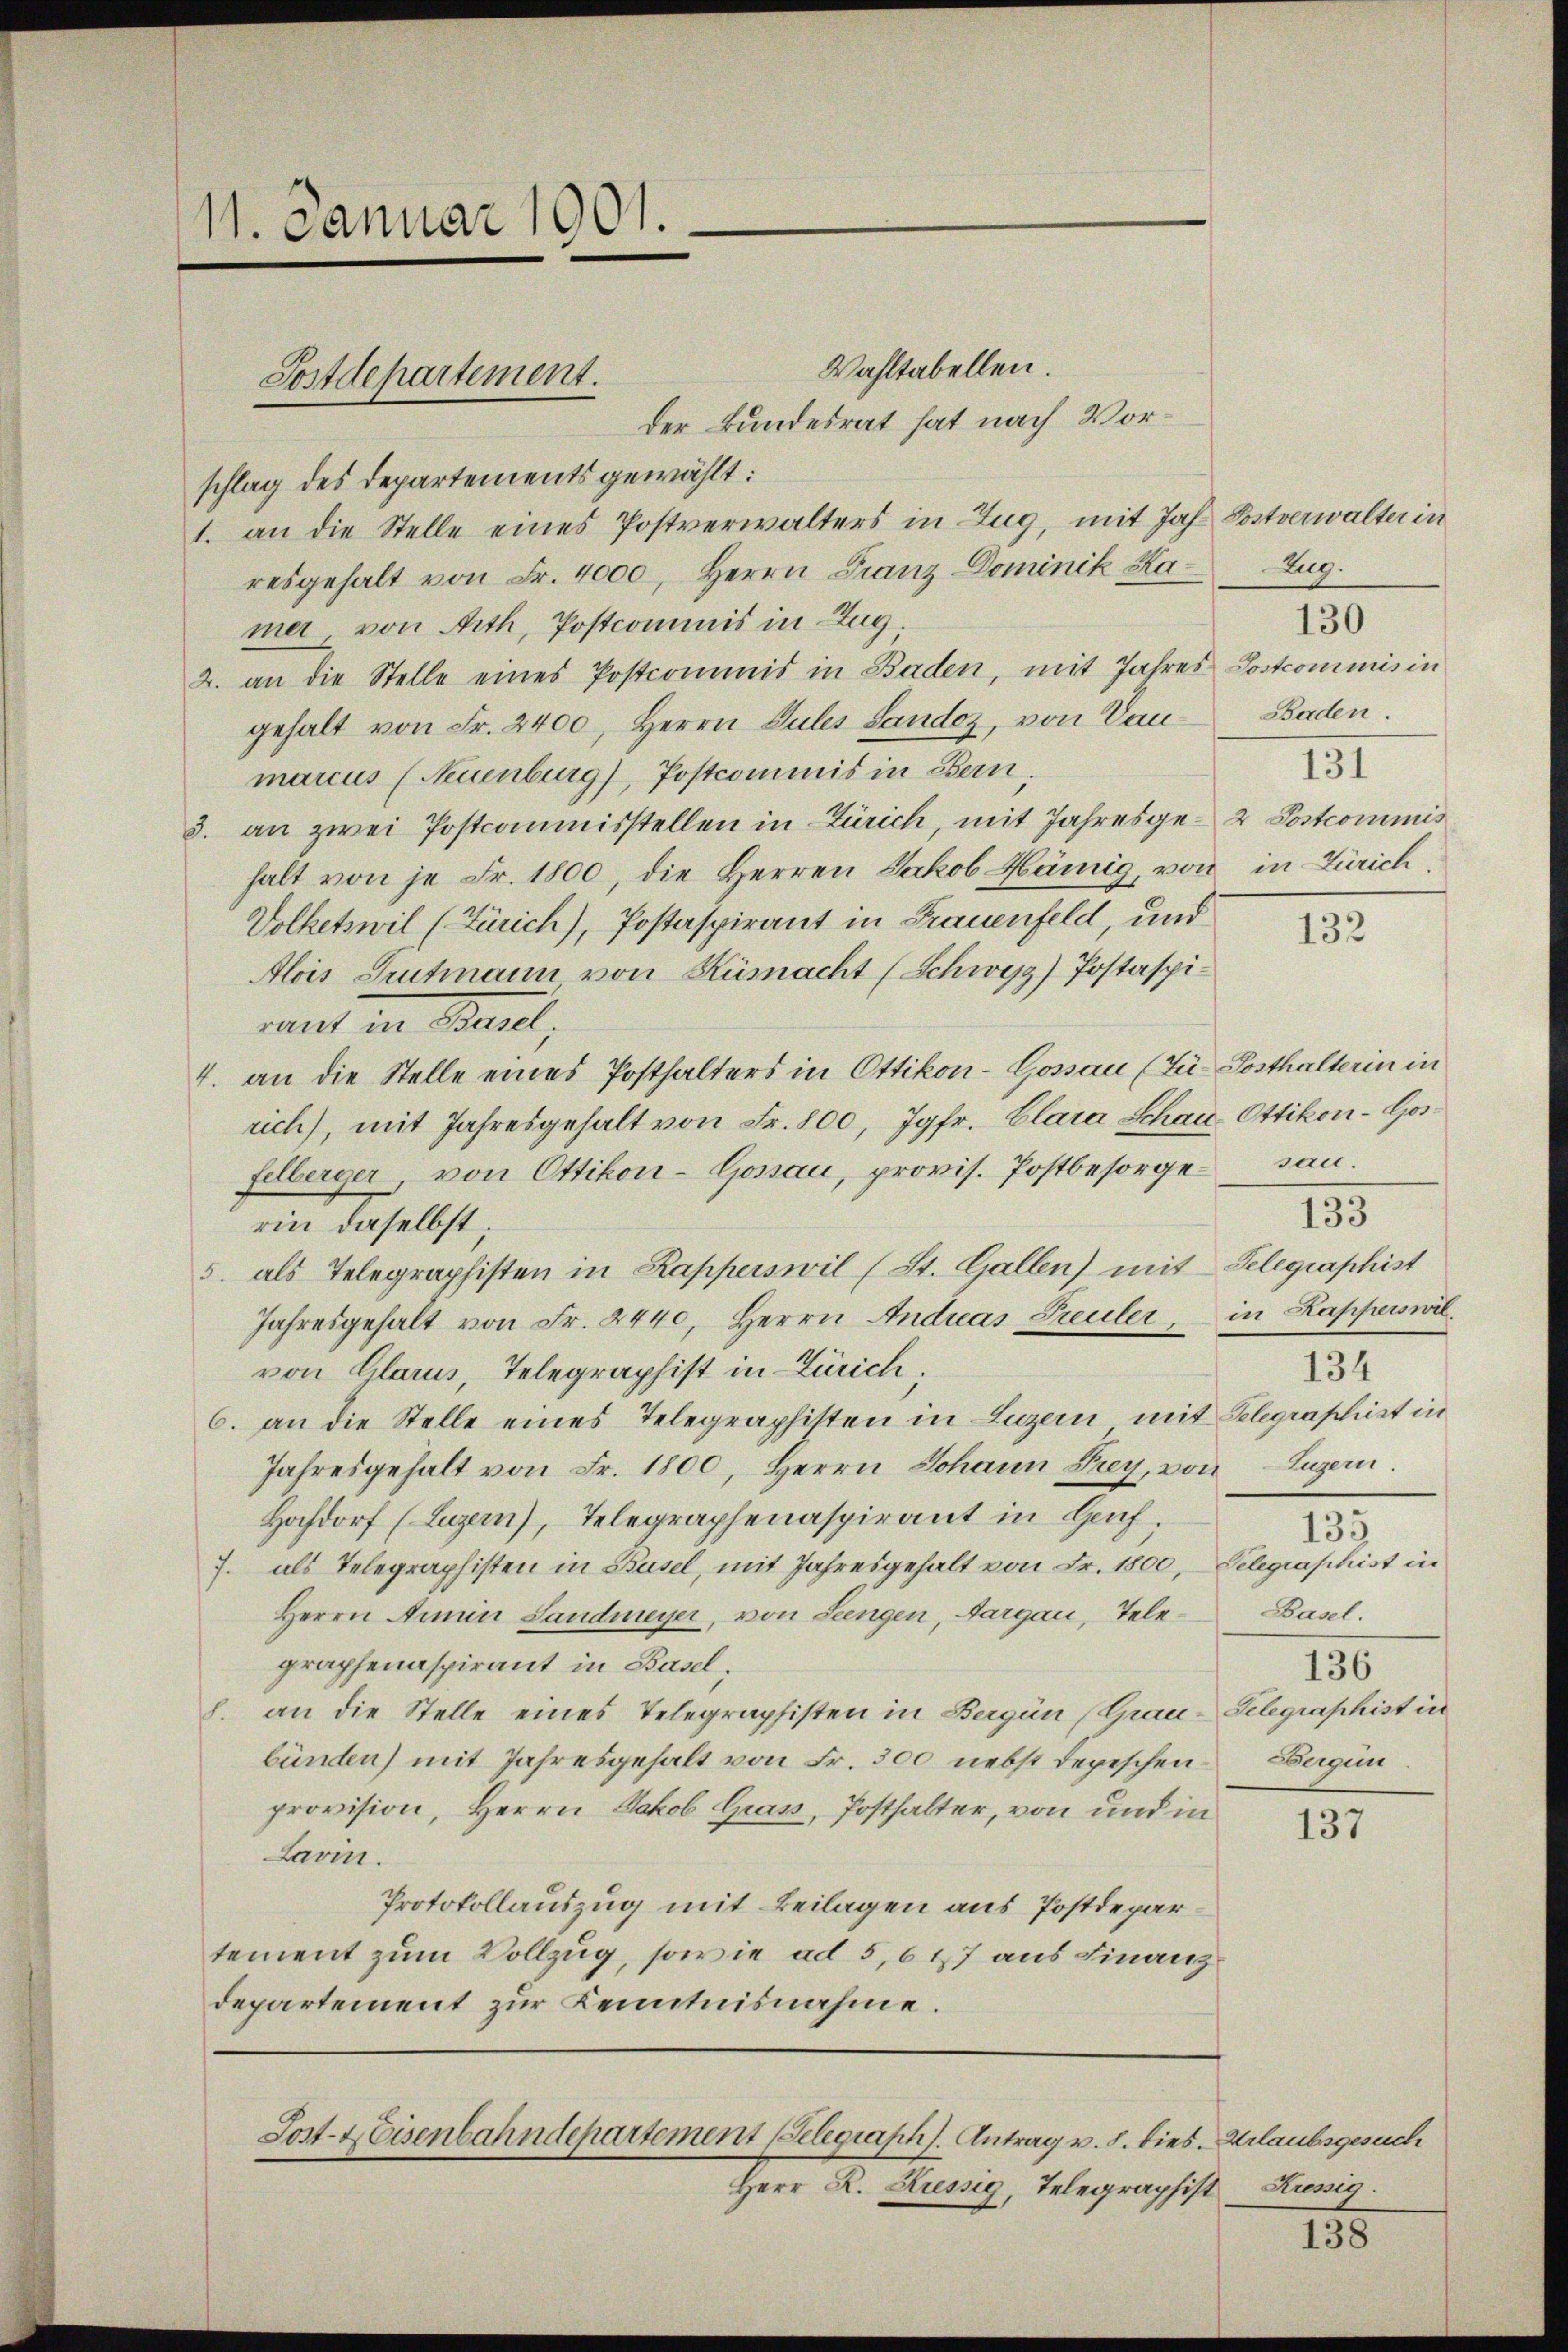
11. Januar 1901.

Wahltabellen.
der Bundesrat hat nach Vorschlag des Departements gewählt:
1. an die Stelle eines Postverwalters in Zug, mit Jahr. Postverwalter in
resgehalt von Fr. 4000, Herrn Franz Dominik Ka-Zug.
mer von Arth, Postcommis in Zug.
2. an die Stelle eines Postcommis in Baden, mit Jahres Postcommis in
gehalt von Fr. 2400, Herrn Gutes Sandoz, von Vau- Baden.
marcus (Neuenburg), Postcommis in Bern,
3. an zwei Postcommisstellen in Zürich, mit Jahresge- & Postcommis
halt von je Fr. 1800, die Herren Jakob Hämig, von in Zürich,
Volketswil (Zürich), Postaspirant in Frauenfeld, und
Alois Grutmann von Kümacht (Schwyz) Postaspirand in Basel,
4. an die Stelle eines Posthalters in Ottikon-Gossau (Tü- Posthalterin in
rich), mit Jahresgehalt von Fr. 800, Jgfr. Clara Schau-Ottikon-Gosfelberger, von Ottikon-Gossau, provis. Postbesorge san.
133
rin daselbst;
5. als Telegraphisten in Kapperswil (St. Gallen) mit Telegraphist
Jahresgehalt von Fr. 2440, Herrn Andreas Treuler, in Kapperswilvon Glarus, Telegraphist in Zürich,
134
6. an die Stelle eines Telegraphisten in Luzern mit Telegraphist in
Jahresgehalt von Fr. 1800, Herrn Johann Prey, von Luzern.
Hochdorf (Luzern), Telegraphenaspirant in Genf,
135
Telegraphist in
J. als Telegraphisten in Basel, mit Jahresgehalt von Fr. 1800,
Basel.
Herrn Armin Landmeyer, von Leengen, Aargau, Telegraphenaspirant in Basel,
136
h. an die Stelle eines Telegraphisten in Bergün (Grau-Gelegraphist in
Bergun
bünden) mit Jahresgehalt von Fr. 300 nebst depeschen
provision, Herrn Jakob Grav, Posthalter, von und in
137
Larin.
Protokollauszug mit Beilagen aus Postdepartement zum Vollzug, sowie ad 5, 6 17 aus Finanz
departement zur Kenntnisnahme.

Postdepartement.

Sost-Keisenbahndepartement (Selegraph). Antrag v. 8. dies. Urlaubsgesuch

Herr R. Kressig, Telegraphist

130
131

132

Kressig.

138